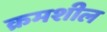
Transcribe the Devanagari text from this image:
क्रमशील